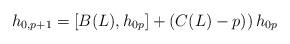
LaTeX: \begin{align*}h_{0,p+1}=[B(L),h_{0p}]+\left(C(L)-p)\right)h_{0p}\end{align*}